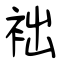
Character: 袦